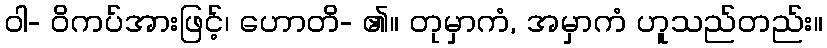
ဝါ- ဝိကပ်အားဖြင့်၊ ဟောတိ- ၏။ တုမှာကံ, အမှာကံ ဟူသည်တည်း။